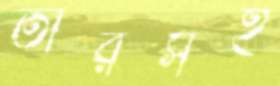
তাঁরসহ